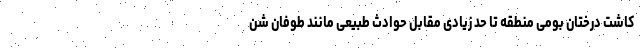
کاشت درختان بومی منطقه تا حد زیادی مقابل حوادث طبیعی مانند طوفان شن